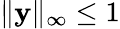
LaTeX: \| \mathbf{y}\| _{\infty}\leq 1